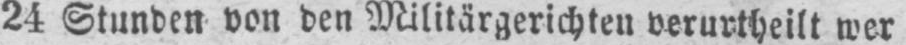
24 Stunden von den Militärgerichten verurteilt wer